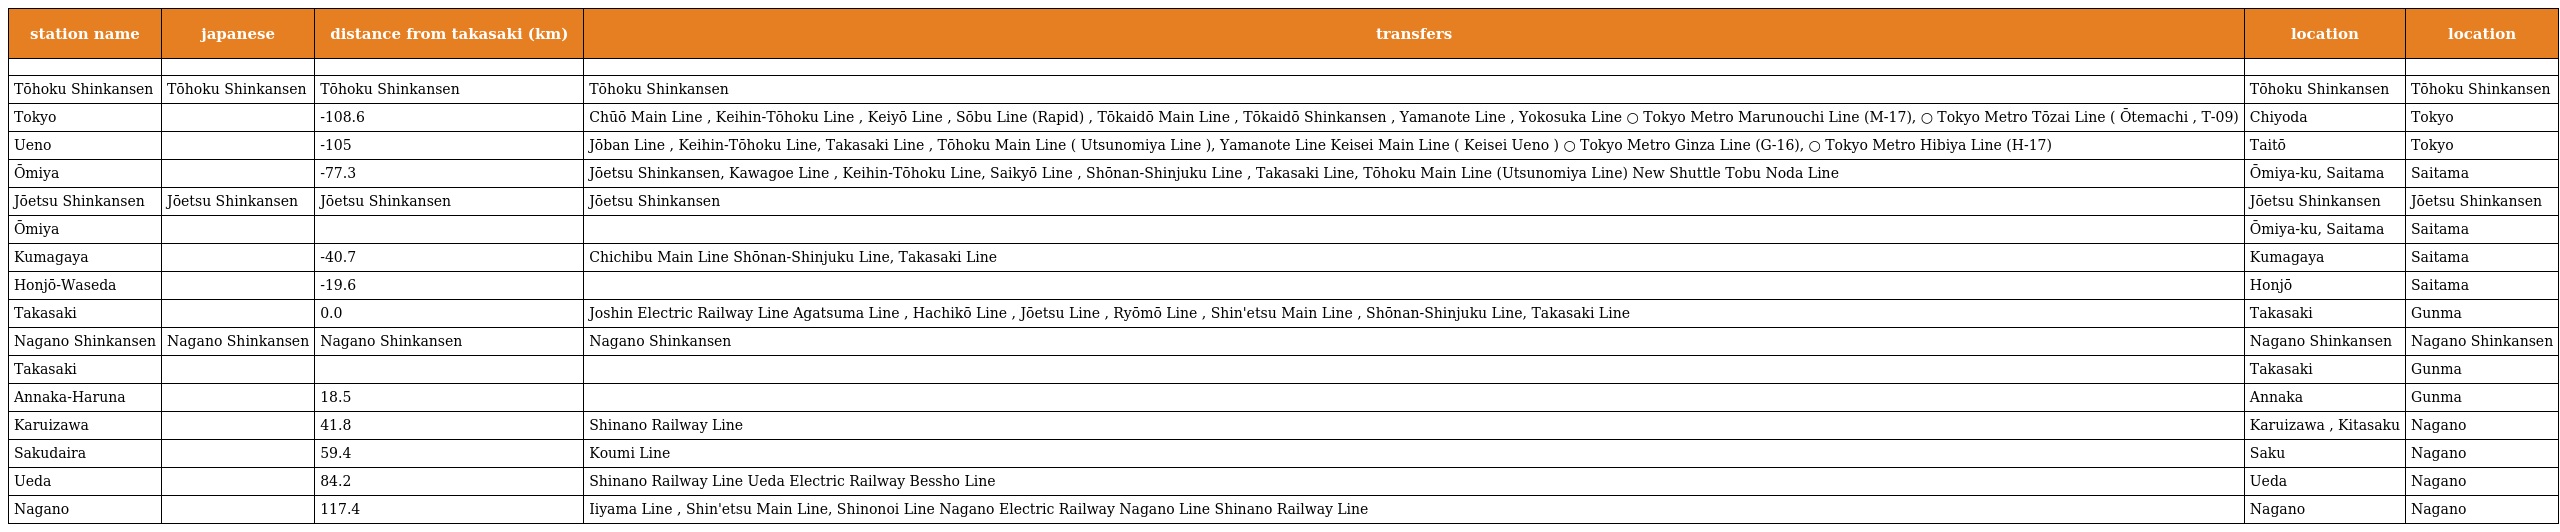
| station name | japanese | distance from takasaki (km) | transfers | location | location |
 | --- | --- | --- | --- | --- | --- |
 |  |  |  |  |  |  |
 | Tōhoku Shinkansen | Tōhoku Shinkansen | Tōhoku Shinkansen | Tōhoku Shinkansen | Tōhoku Shinkansen | Tōhoku Shinkansen |
 | Tokyo | 東京 | -108.6 | Chūō Main Line , Keihin-Tōhoku Line , Keiyō Line , Sōbu Line (Rapid) , Tōkaidō Main Line , Tōkaidō Shinkansen , Yamanote Line , Yokosuka Line ○ Tokyo Metro Marunouchi Line (M-17), ○ Tokyo Metro Tōzai Line ( Ōtemachi , T-09) | Chiyoda | Tokyo |
 | Ueno | 上野 | -105 | Jōban Line , Keihin-Tōhoku Line, Takasaki Line , Tōhoku Main Line ( Utsunomiya Line ), Yamanote Line Keisei Main Line ( Keisei Ueno ) ○ Tokyo Metro Ginza Line (G-16), ○ Tokyo Metro Hibiya Line (H-17) | Taitō | Tokyo |
 | Ōmiya | 大宮 | -77.3 | Jōetsu Shinkansen, Kawagoe Line , Keihin-Tōhoku Line, Saikyō Line , Shōnan-Shinjuku Line , Takasaki Line, Tōhoku Main Line (Utsunomiya Line) New Shuttle Tobu Noda Line | Ōmiya-ku, Saitama | Saitama |
 | Jōetsu Shinkansen | Jōetsu Shinkansen | Jōetsu Shinkansen | Jōetsu Shinkansen | Jōetsu Shinkansen | Jōetsu Shinkansen |
 | Ōmiya | 大宮 |  |  | Ōmiya-ku, Saitama | Saitama |
 | Kumagaya | 熊谷 | -40.7 | Chichibu Main Line Shōnan-Shinjuku Line, Takasaki Line | Kumagaya | Saitama |
 | Honjō-Waseda | 本庄早稲田 | -19.6 |  | Honjō | Saitama |
 | Takasaki | 高崎 | 0.0 | Joshin Electric Railway Line Agatsuma Line , Hachikō Line , Jōetsu Line , Ryōmō Line , Shin'etsu Main Line , Shōnan-Shinjuku Line, Takasaki Line | Takasaki | Gunma |
 | Nagano Shinkansen | Nagano Shinkansen | Nagano Shinkansen | Nagano Shinkansen | Nagano Shinkansen | Nagano Shinkansen |
 | Takasaki | 高崎 |  |  | Takasaki | Gunma |
 | Annaka-Haruna | 安中榛名 | 18.5 |  | Annaka | Gunma |
 | Karuizawa | 軽井沢 | 41.8 | Shinano Railway Line | Karuizawa , Kitasaku | Nagano |
 | Sakudaira | 佐久平 | 59.4 | Koumi Line | Saku | Nagano |
 | Ueda | 上田 | 84.2 | Shinano Railway Line Ueda Electric Railway Bessho Line | Ueda | Nagano |
 | Nagano | 長野 | 117.4 | Iiyama Line , Shin'etsu Main Line, Shinonoi Line Nagano Electric Railway Nagano Line Shinano Railway Line | Nagano | Nagano |